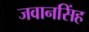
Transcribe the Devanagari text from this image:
जवानसिंह